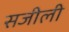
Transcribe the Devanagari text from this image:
सजीली